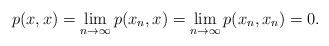
LaTeX: \begin{align*}p(x,x)=\lim_{n\to\infty}p(x_n,x)=\lim_{n\to\infty}p(x_n,x_n)=0.\end{align*}